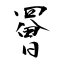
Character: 罾